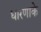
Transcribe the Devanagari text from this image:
धारणाके